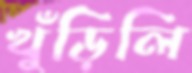
খুঁড়িলি